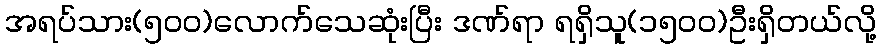
အရပ်သား(၅၀၀)လောက်သေဆုံးပြီး ဒဏ်ရာ ရရှိသူ(၁၅၀၀)ဦးရှိတယ်လို့